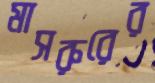
মাসরুরের